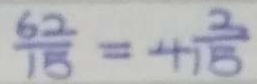
\frac { 6 2 } { 1 5 } = 4 \frac { 2 } { 1 5 }